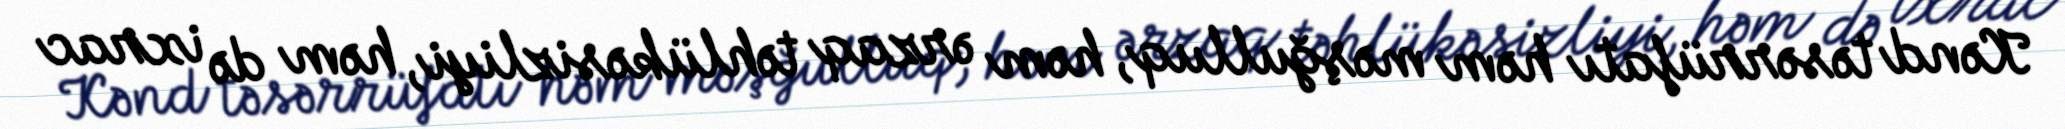
Kənd təsərrüfatı həm məşğulluq, həm ərzaq təhlükəsizliyi, həm də ixrac